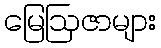
မြေဩဇာများ